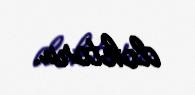
doktoru.